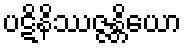
ပဋိနိဿဇ္ဇန္တိယော